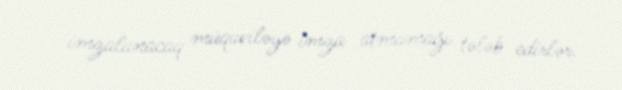
imzalanacaq müqaviləyə imza atmamağı tələb edirlər.